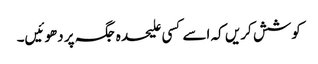
کوشش کریں کہ اسے کسی علیحدہ جگہ پر دھوئیں۔